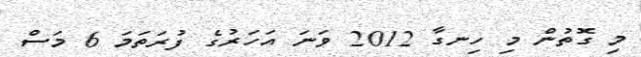
މި ގޮތުން މި ހިނގާ 2012 ވަނަ އަހަރުގެ ފުރަތަމަ 6 މަސް